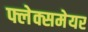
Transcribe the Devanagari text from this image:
फ्लेक्समेयर